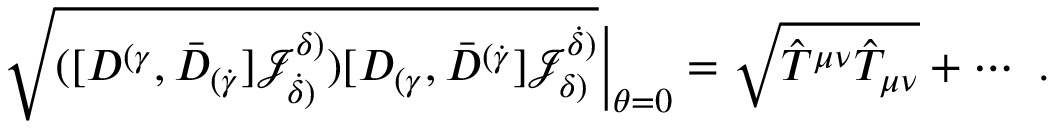
\begin{array} { r } { { \sqrt { ( [ D ^ { ( \gamma } , \bar { D } _ { ( \dot { \gamma } } ] { \mathcal J } ^ { \delta ) } _ { \dot { \delta } ) } ) [ D _ { ( \gamma } , \bar { D } ^ { ( \dot { \gamma } } ] { \mathcal J } _ { \delta ) } ^ { \dot { \delta } ) } } } \Big | _ { \theta = 0 } = \sqrt { \hat { T } ^ { \mu \nu } \hat { T } _ { \mu \nu } } + \cdots ~ . } \end{array}